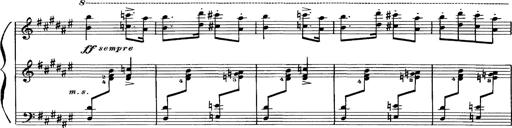
Title: Hungarian Rhapsody No.16
Composer: Franz Liszt
Key: A minor